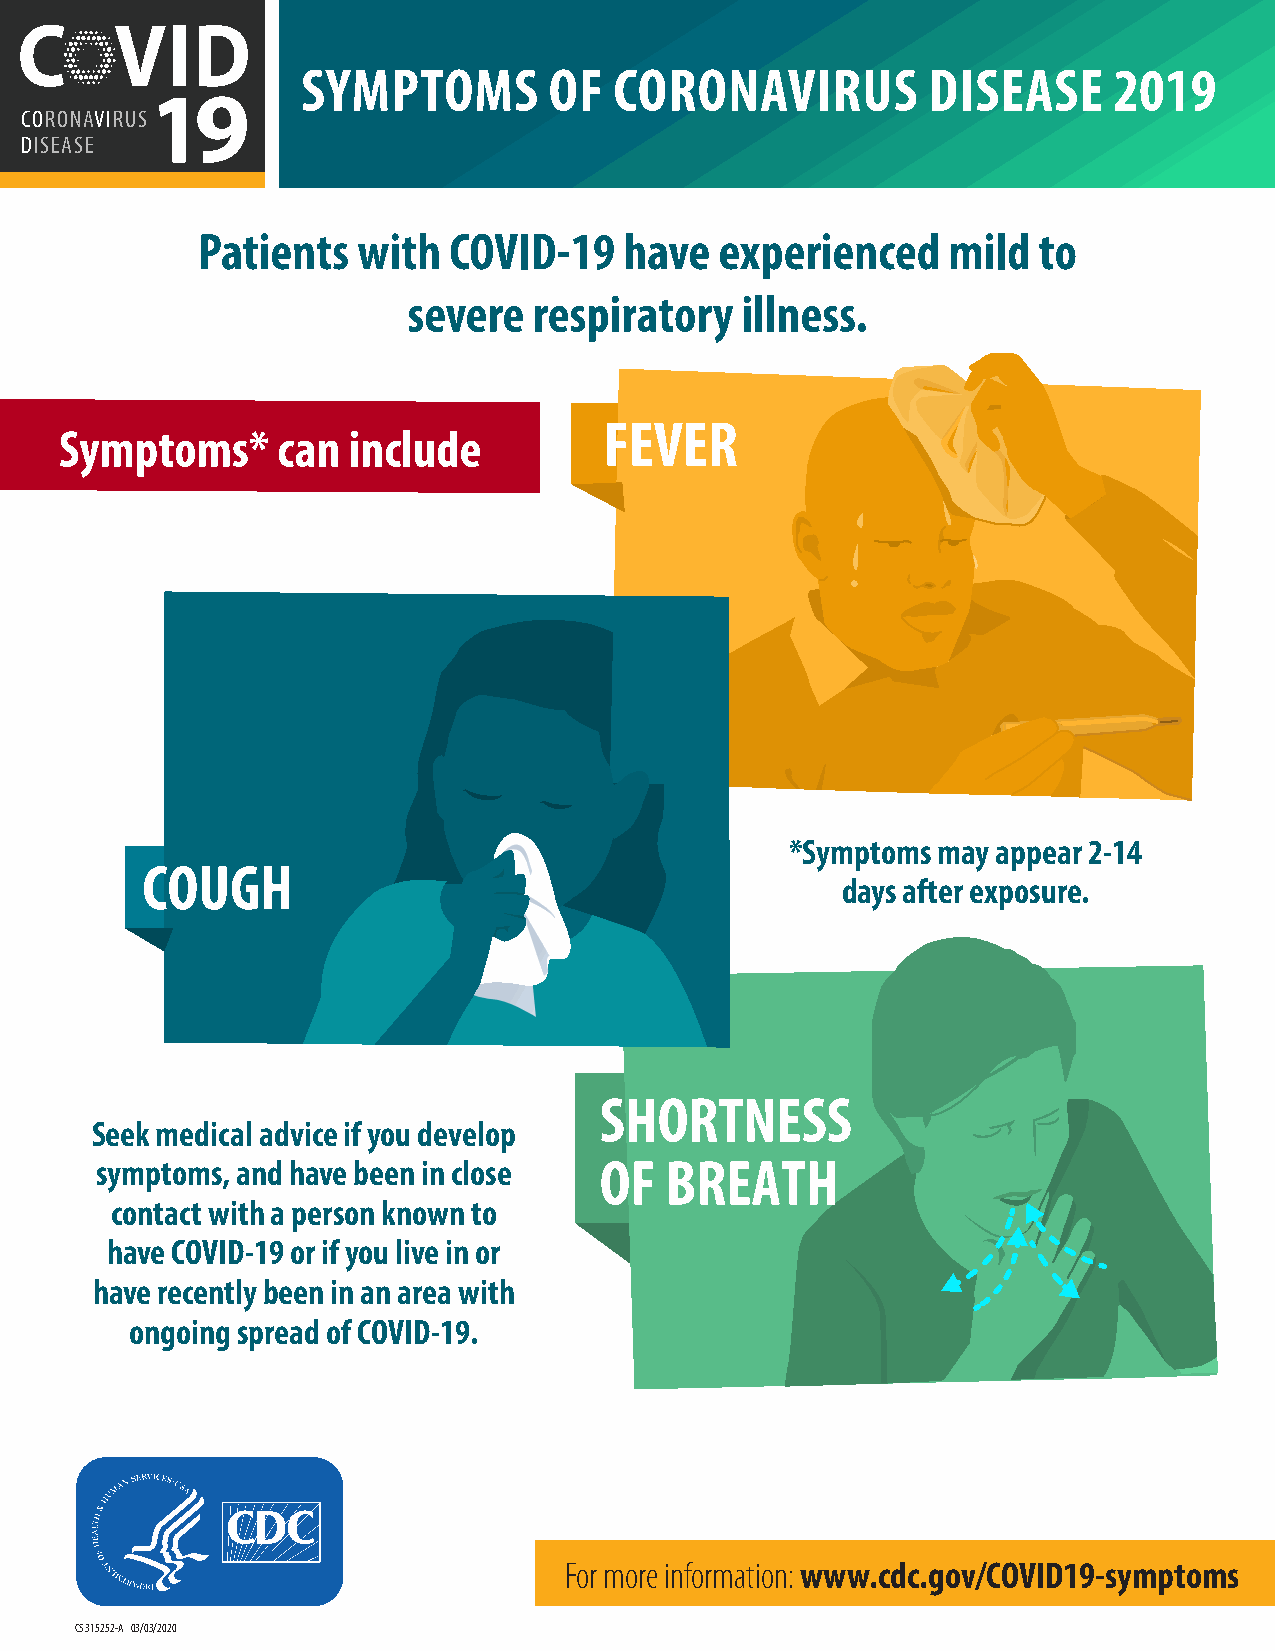
C      VI   D
 SYMPTOMS        OF   CORONAVIRUS         DISEASE      2019
 19
 CORONAVIRUS
 DISEASE
 Patients   with  COVID-19   have   experienced    mild  to
 severe  respiratory   illness.
 FEVER
 Symptoms*     can  include
 *Symptoms may appear 2-14
 COUGH
 days after exposure.
 SHORTNESS
 Seek medical advice if you develop
 symptoms, and have been in close  OF  BREATH
 contact with a person known to
 have COVID-19 or if you live in or
 have recently been in an area with
 ongoing spread of COVID-19.
 For more information: www.cdc.gov/COVID19-symptoms
 CS 315252-A 03/03/2020